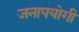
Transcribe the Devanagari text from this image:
जनापयोगी